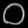
Digit: ၀